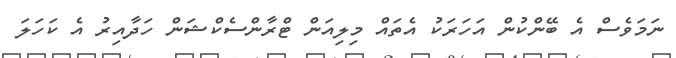
ނަމަވެސް އެ ބޭންކުން އަހަރަކު އެތައް މިލިއަން ޓްރާންސެކްޝަން ހަދާއިރު އެ ކަހަލަ